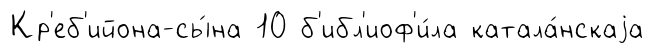
Кр'еб'ийона-сы́на 10 б'ибл'иоф'и́ла катала́нскаjа